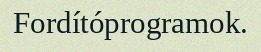
Fordítóprogramok.